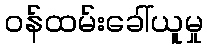
ဝန်ထမ်းခေါ်ယူမှု